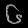
Digit: ၆